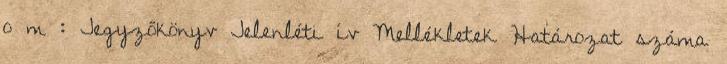
o m : Jegyzőkönyv Jelenléti ív Mellékletek Határozat száma